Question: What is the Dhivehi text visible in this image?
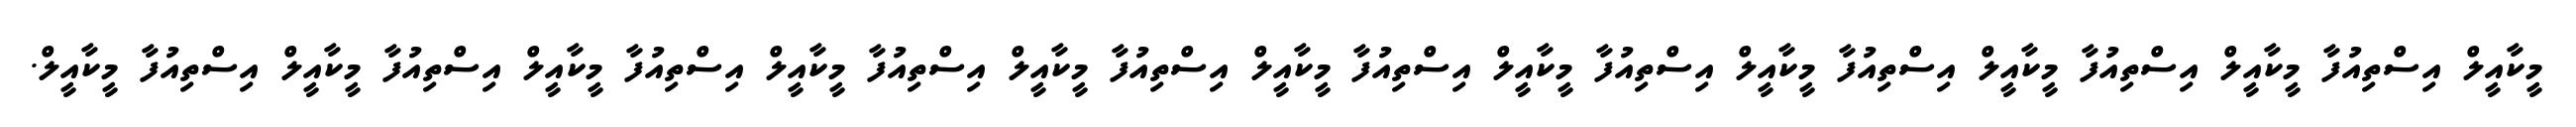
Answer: މީކާއީލް އިސްތިއުފާ މީކާއީލް އިސްތިއުފާ މީކާއީލް އިސްތިއުފާ މީކާއީލް އިސްތިއުފާ މީކާއީލް އިސްތިއުފާ މީކާއީލް އިސްތިއުފާ މީކާއީލް އިސްތިއުފާ މީކާއީލް އިސްތިއުފާ މީކާއީލް އިސްތިއުފާ މީކާއީލް އިސްތިއުފާ މީކާއީލް.